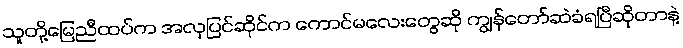
သူတို့မြေညီထပ်က အလှပြင်ဆိုင်က ကောင်မလေးတွေဆို ကျွန်တော်ဆဲခံရပြီဆိုတာနဲ့